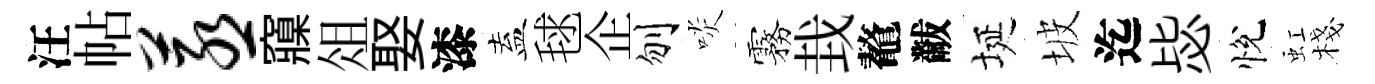
汪帖蒸䆿俎娶漆盍毬企刎啖霧㘽鼇黻埏坡迄毖悅虹棧